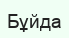
Бұйда